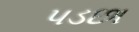
પડછા